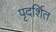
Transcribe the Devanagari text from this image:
पृदर्शित